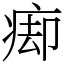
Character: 㾡